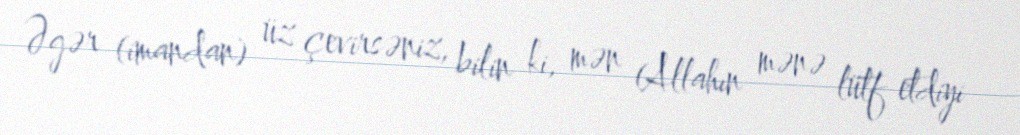
Əgər (imandan) üz çevirsəniz, bilin ki, mən (Allahın mənə lütf etdiyi